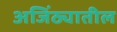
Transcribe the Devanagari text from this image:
अजिंठ्यातील